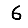
Digit: 6